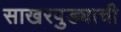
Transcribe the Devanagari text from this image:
साखरपुड्याची